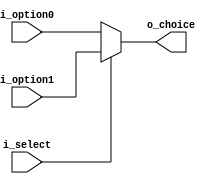
`timescale 1ns / 1ps
//////////////////////////////////////////////////////////////////////////////////
// Company: 
// Engineer: 
// 
// Design Name: 
// Module Name: mux3to1
// Project Name: 
// Target Devices: 
// Tool Versions: 
// Description: 
// 
// Dependencies: 
// 
// Revision:
// Revision 0.01 - File Created
// Additional Comments:
// 
//////////////////////////////////////////////////////////////////////////////////

module  mux2to1 #
                (
                    parameter DATA_WIDTH    = 32
                )
                (
                    input  [DATA_WIDTH-1:0] i_option0,
                    input  [DATA_WIDTH-1:0] i_option1,
                    input                   i_select,
                    output [DATA_WIDTH-1:0] o_choice
                );
                
    assign o_choice = i_select ? i_option1 : i_option0;

endmodule  //mux2to1